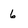
Character: 6